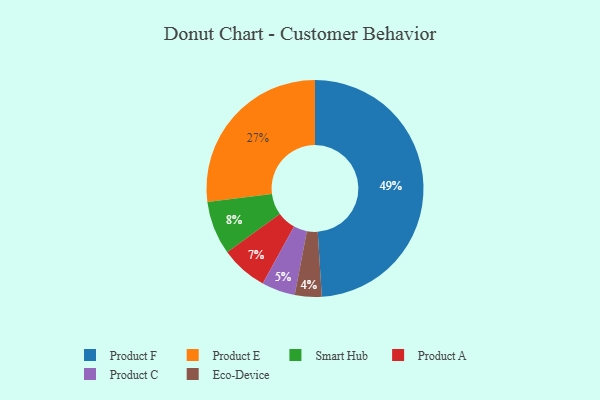
{"axis": {"x": "Category", "y": "Percentage"}, "legend": ["Eco-Device", "Product A", "Product C", "Product E", "Product F", "Smart Hub"], "data": [{"x": "Product A", "y": 7, "type": "Product A"}, {"x": "Product E", "y": 27, "type": "Product E"}, {"x": "Product C", "y": 5, "type": "Product C"}, {"x": "Product F", "y": 49, "type": "Product F"}, {"x": "Smart Hub", "y": 8, "type": "Smart Hub"}, {"x": "Eco-Device", "y": 4, "type": "Eco-Device"}]}